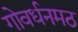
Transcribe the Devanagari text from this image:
गोवर्धनमठ